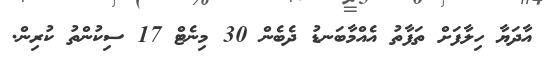
އާދަޔާ ހިލާފަށް ތަފާތު އެއްމާބަނޑު ދެބެން 30 މިނެޓް 17 ސިކުންތު ކުރިން.